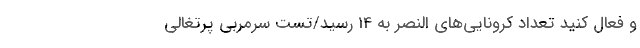
و فعال کنید تعداد کرونایی‌های النصر به 14 رسید/تست سرمربی پرتغالی